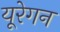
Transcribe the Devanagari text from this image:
यूरेगन